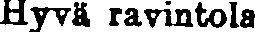
Hyvä ravintola